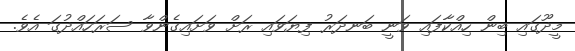
މީދޫގައި ބިން ހިއްކާފައި ވަނީ ބަނދަރު ފިޔަވައި ރަށް ވަށައިގެންވާ ސަރަހައްދުގަ އެވެ.